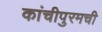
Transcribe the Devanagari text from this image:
कांचीपुरमची